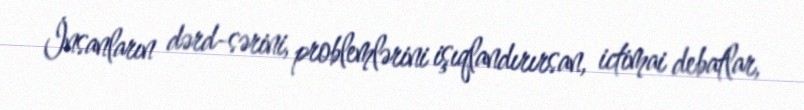
İnsanların dərd-sərini, problemlərini işıqlandırırsan, ictimai debatlar,